Vaccine operations Central Provinces 1900-1911 - 1900-1911
Year: 1900
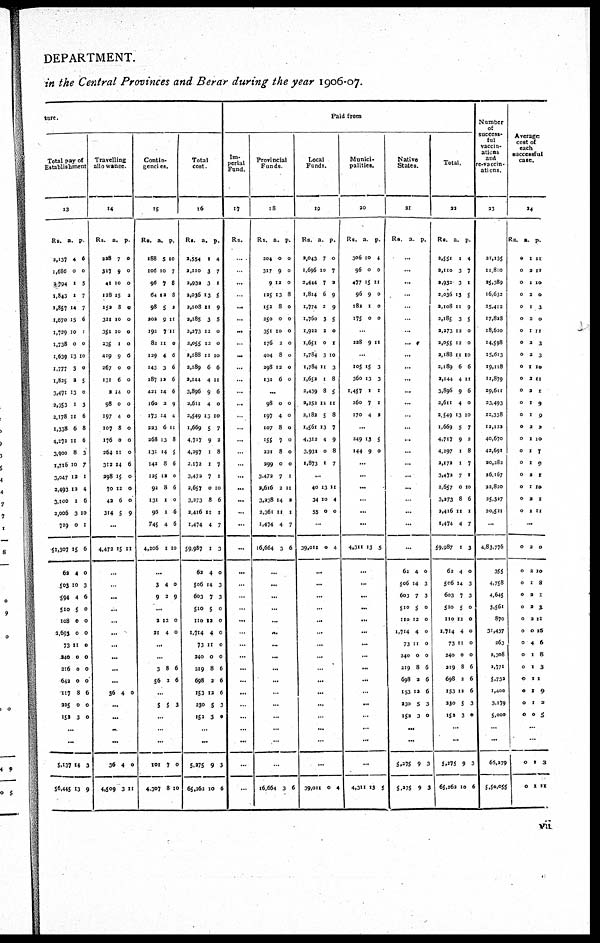
DEPARTMENT.
in the Central Provinces and Berar during the year 1906-07.
ture.
Total pay of
Establishment.
13
Rs.
2,137
1,686
2,794
1,843
1,857
1,670
1,729
1,738
1,639
1,777
1,825
3,471
2,353
2,178
1,338
4,272
3,900
1,716
3,047
2,493
3,100
2,006
729
51,307
62
503
594
510
108
1,693
73
240
216
642
117
225
152
a.
4
0
1
1
14
15
10
0
13
3
2
13
1
11
6
11
8
10
12
12
1
3
0
15
4
10
4
5
0
0
11
0
0
0
8
0
3
p.
6
0
5
7
7
6
1
0
10
0
5
0
3
6
8
6
3
7
1
4
6
10
1
6
0
3
6
0
0
0
0
0
0
0
6
0
0
...
...
5,137
56,445
14
13
3
9
Travelling
allowance.
14
Rs.
228
317
41
128
152
311
351
235
419
267
131
2
98
197
107
176
264
312
298
70
42
314
a.
7
9
10
15
8
10
10
1
9
0
6
14
0
4
8
0
11
14
15
12
6
5
p.
0
0
0
2
0
0
0
0
6
0
0
0
0
0
0
0
0
6
0
0
0
9
...
4,473 15 11
...
..
...
...
...
...
...
...
...
...
36 4 0
...
...
...
...
36
4,509
4
3
0
11
Contin¬
gencies.
15
Rs.
188
106
96
64
98
202
192
82
129
143
187
421
160
173
223
268
131
142
125
92
131
96
745
4,206
a.
5
10
7
12
5
9
7
11
4
3
12
14
2
14
6
13
14
8
12
8
1
1
4
1
p.
10
7
8
8
2
11
11
0
6
6
6
6
9
4
11
8
5
6
0
6
0
6
6
10
...
3
9
4
3
0
9
...
2
21
13
4
0
0
...
...
3
56
8
3
6
6
...
5 5 3
...
...
...
101
4,307
7
8
0
10
Total
cost.
16
Rs.
2,554
2,110
2,932
2,036
2,108
2,185
2,273
2,055
2,188
2,189
2,144
3,896
2,611
2,549
1,669
4,717
4,297
2,172
3,472
2,657
3,273
2,416
1,474
59,987
62
506
603
510
110
1,714
73
240
219
698
153
230
152
a.
1
3
3
13
11
3
12
12
11
6
4
9
4
13
5
9
1
1
7
0
8
11
4
1
4
14
7
5
12
4
11
0
8
2
12
5
3
p.
4
7
1
5
9
5
0
0
10
6
11
6
0
10
7
2
8
7
1
10
6
1
7
3
0
3
3
0
0
0
0
0
6
6
6
3
0
...
...
5,275
65,262
9
10
3
6
Paid from
Im-
perial
Fund
17
Rs.
...
...
...
...
...
...
...
..
...
...
...
..
...
...
..
...
...
...
...
...
...
..
...
...
...
...
...
...
...
..
..
...
...
...
...
...
...
...
...
...
...
Provincial
Funds.
18
Rs.
204
317
9
125
152
250
351
176
404
298
131
a.
0
9
12
13
8
0
10
2
8
12
6
p.
0
0
0
8
0
0
0
0
0
0
0
...
98
197
107
155
221
299
3,472
2,616
3,238
2,361
1,474
16,664
0
4
8
7
8
0
7
2
14
11
4
3
0
0
0
0
0
0
1
11
2
1
7
6
...
...
...
...
...
...
...
...
...
...
...
...
...
...
...
...
16,664 3 6
Local
Funds.
19
Rs.
2,043
1,696
2,444
1,814
1,774
1,760
1,922
1,651
1,784
1,784
1,652
2,439
2,252
2,182
1,561
4,312
3,931
1,873
a.
7
10
7
6
2
3
2
0
3
11
1
8
12
5
13
4
0
1
p.
0
7
2
9
9
5
0
1
10
3
8
5
11
8
7
9
8
7
...
40
34
55
13
10
0
11
4
0
...
39,011 0 4
...
...
...
...
...
...
...
...
...
...
...
...
...
...
...
...
39,011 0 4
Munici-
palities.
20
Rs.
306
96
477
96
182
175
a.
10
0
15
9
1
0
p.
4
0
11
0
0
0
...
228 9 11
...
105
360
1,457
260
170
15
13
1
7
4
3
3
1
1
2
...
249
144
13
9
5
0
...
...
...
...
...
...
4,311 13 5
...
...
...
...
...
...
...
...
...
...
..
...
...
...
...
...
4,311 13 5
Native
States.
21
Rs.
a.
p.
...
...
...
..
...
...
.
...
...
...
...
...
...
...
...
..
...
..
...
...
...
...
...
...
62
506
603
510
110
1,714
73
240
219
698
153
230
152
4
14
7
5
12
4
11
0
8
2
12
5
3
0
3
3
0
0
0
0
0
6
6
6
3
0
...
...
5,275
5,275
9
9
3
3
Total.
22
Rs.
2,551
2,110
2,932
2,036
2,108
2,185
2,273
2,055
2,188
2,189
2,144
3,896
2,611
2,549
1,669
4,717
4,297
2,172
3,472
2,657
3,273
2,416
1,474
59,987
62
506
603
510
110
1,714
73
240
219
698
153
230
152
a.
1
3
3
13
11
3
12
12
11
6
4
9
4
13
5
9
1
1
7
0
8
11
4
1
4
14
7
5
12
4
11
0
8
2
12
5
3
p.
4
7
1
5
9
5
0
0
10
6
11
6
0
10
7
2
8
7
1
10
6
1
7
3
0
3
3
0
0
0
0
0
6
6
6
3
0
...
...
5,275
65,262
9
10
3
6
Number
of
success-
ful
vaccin-
ations
and
re-vaccin¬
ations.
23
21,135
11,810
25,389
16,632
25,412
17,828
18,620
14,598
15,613
19,118
11,879
29,611
23,493
22,338
12,122
40,670
42,691
20,282
26,167
22,820
25,327
20,521
...
4,83,776
355
4,758
4,645
3,561
870
31,437
263
2,308
2,771
5,732
1,400
3,179
5,000
...
...
66,279
5,50,055
Average
cost of
each
successful
case.
24
Rs.
0
0
0
0
0
0
0
0
0
0
0
0
0
0
0
0
0
0
0
0
0
0
a.
1
2
1
2
1
2
1
2
2
1
2
2
1
1
2
1
1
1
2
1
2
1
p.
11
11
10
0
3
0
11
3
3
10
11
1
9
9
2
10
1
9
1
10
1
11
...
0
0
0
0
0
0
0
0
0
0
0
0
0
0
2
2
1
2
2
2
0
4
1
1
1
1
1
0
0
10
8
1
3
11
16
6
8
3
1
9
2
5
...
...
0
0
1
1
3
11
vii